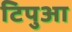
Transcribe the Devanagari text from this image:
टिपुआ